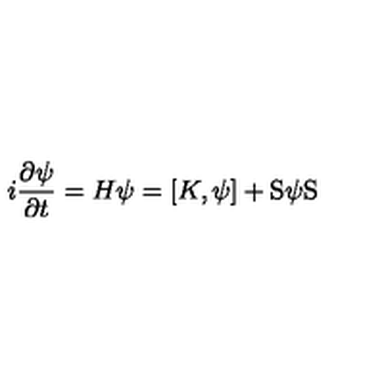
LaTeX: i \frac { \partial \psi } { \partial t } = H \psi = [ K , \psi ] + \mathrm { \boldmath S } \psi \mathrm { \boldmath S }